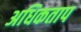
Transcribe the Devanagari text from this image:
अधिकताप